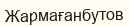
Жармағанбутов